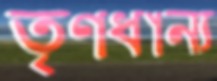
তৃণধান্য